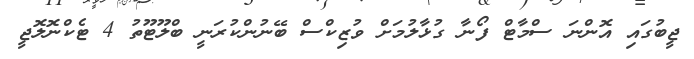
ޖީބުގައި އޮންނަ ސްމާޓް ފޯނާ ގުޅާލުމަށް ވުޒިކްސް ބޭނުންކުރަނީ ބްލޫޓޫތު 4 ޓެކްނޮލޮޖީ